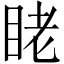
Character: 𬑑